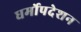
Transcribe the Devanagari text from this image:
धर्मोपदेशन